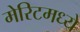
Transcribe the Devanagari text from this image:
मेरिटमध्ये